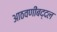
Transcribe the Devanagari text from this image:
आठवणींबद्दल